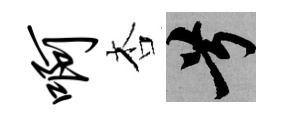
啊杏兮